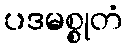
ပဒမစ္စုတံ